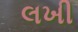
લખી